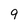
Character: 9